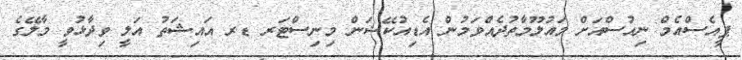
ޕީއެސްއެމް ނިއުސްއަށް މައުލޫމާތުދެއްވަމުން އެޑިއުކޭޝަން މިނިސްޓަރ ޑރ އައިޝަތު އަލީ ވިދާޅުވީ މާލޭގެ